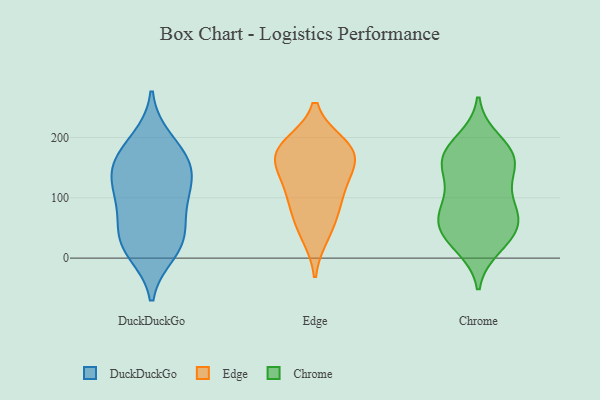
{"axis": {"x": "Gross Profit (USD K)", "y": "Value"}, "legend": ["Chrome", "DuckDuckGo", "Edge"], "data": [{"x": "", "y": 139, "type": "DuckDuckGo"}, {"x": "", "y": 97, "type": "DuckDuckGo"}, {"x": "", "y": 28, "type": "DuckDuckGo"}, {"x": "", "y": 87, "type": "DuckDuckGo"}, {"x": "", "y": 34, "type": "DuckDuckGo"}, {"x": "", "y": 32, "type": "DuckDuckGo"}, {"x": "", "y": 11, "type": "DuckDuckGo"}, {"x": "", "y": 112, "type": "DuckDuckGo"}, {"x": "", "y": 195, "type": "DuckDuckGo"}, {"x": "", "y": 170, "type": "DuckDuckGo"}, {"x": "", "y": 151, "type": "DuckDuckGo"}, {"x": "", "y": 156, "type": "DuckDuckGo"}, {"x": "", "y": 138, "type": "Edge"}, {"x": "", "y": 152, "type": "Edge"}, {"x": "", "y": 176, "type": "Edge"}, {"x": "", "y": 178, "type": "Edge"}, {"x": "", "y": 99, "type": "Edge"}, {"x": "", "y": 64, "type": "Edge"}, {"x": "", "y": 104, "type": "Edge"}, {"x": "", "y": 39, "type": "Edge"}, {"x": "", "y": 178, "type": "Edge"}, {"x": "", "y": 187, "type": "Edge"}, {"x": "", "y": 143, "type": "Chrome"}, {"x": "", "y": 140, "type": "Chrome"}, {"x": "", "y": 40, "type": "Chrome"}, {"x": "", "y": 76, "type": "Chrome"}, {"x": "", "y": 36, "type": "Chrome"}, {"x": "", "y": 20, "type": "Chrome"}, {"x": "", "y": 75, "type": "Chrome"}, {"x": "", "y": 68, "type": "Chrome"}, {"x": "", "y": 39, "type": "Chrome"}, {"x": "", "y": 168, "type": "Chrome"}, {"x": "", "y": 172, "type": "Chrome"}, {"x": "", "y": 105, "type": "Chrome"}, {"x": "", "y": 74, "type": "Chrome"}, {"x": "", "y": 173, "type": "Chrome"}, {"x": "", "y": 195, "type": "Chrome"}, {"x": "", "y": 163, "type": "Chrome"}]}